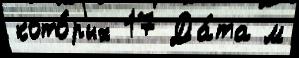
кото́рых 17 Да́та м